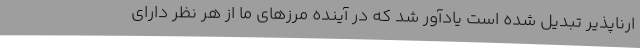
ارناپذیر تبدیل شده است یادآور شد که در آینده مرزهای ما از هر نظر دارای